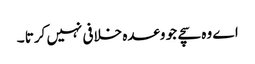
اے وہ سچے جو وعدہ خلافی نہیں کرتا ۔